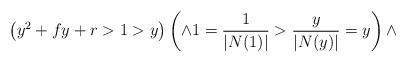
LaTeX: \begin{align*}\left ( y^2+fy+r>1>y \right ) \left (\wedge 1= \frac{1}{|N(1)|}>\frac{y}{|N(y)|} = y \right) \wedge \end{align*}